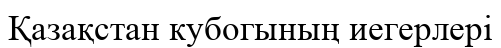
Қазақстан кубогының иегерлері